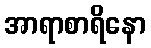
အာရာစာရိနော